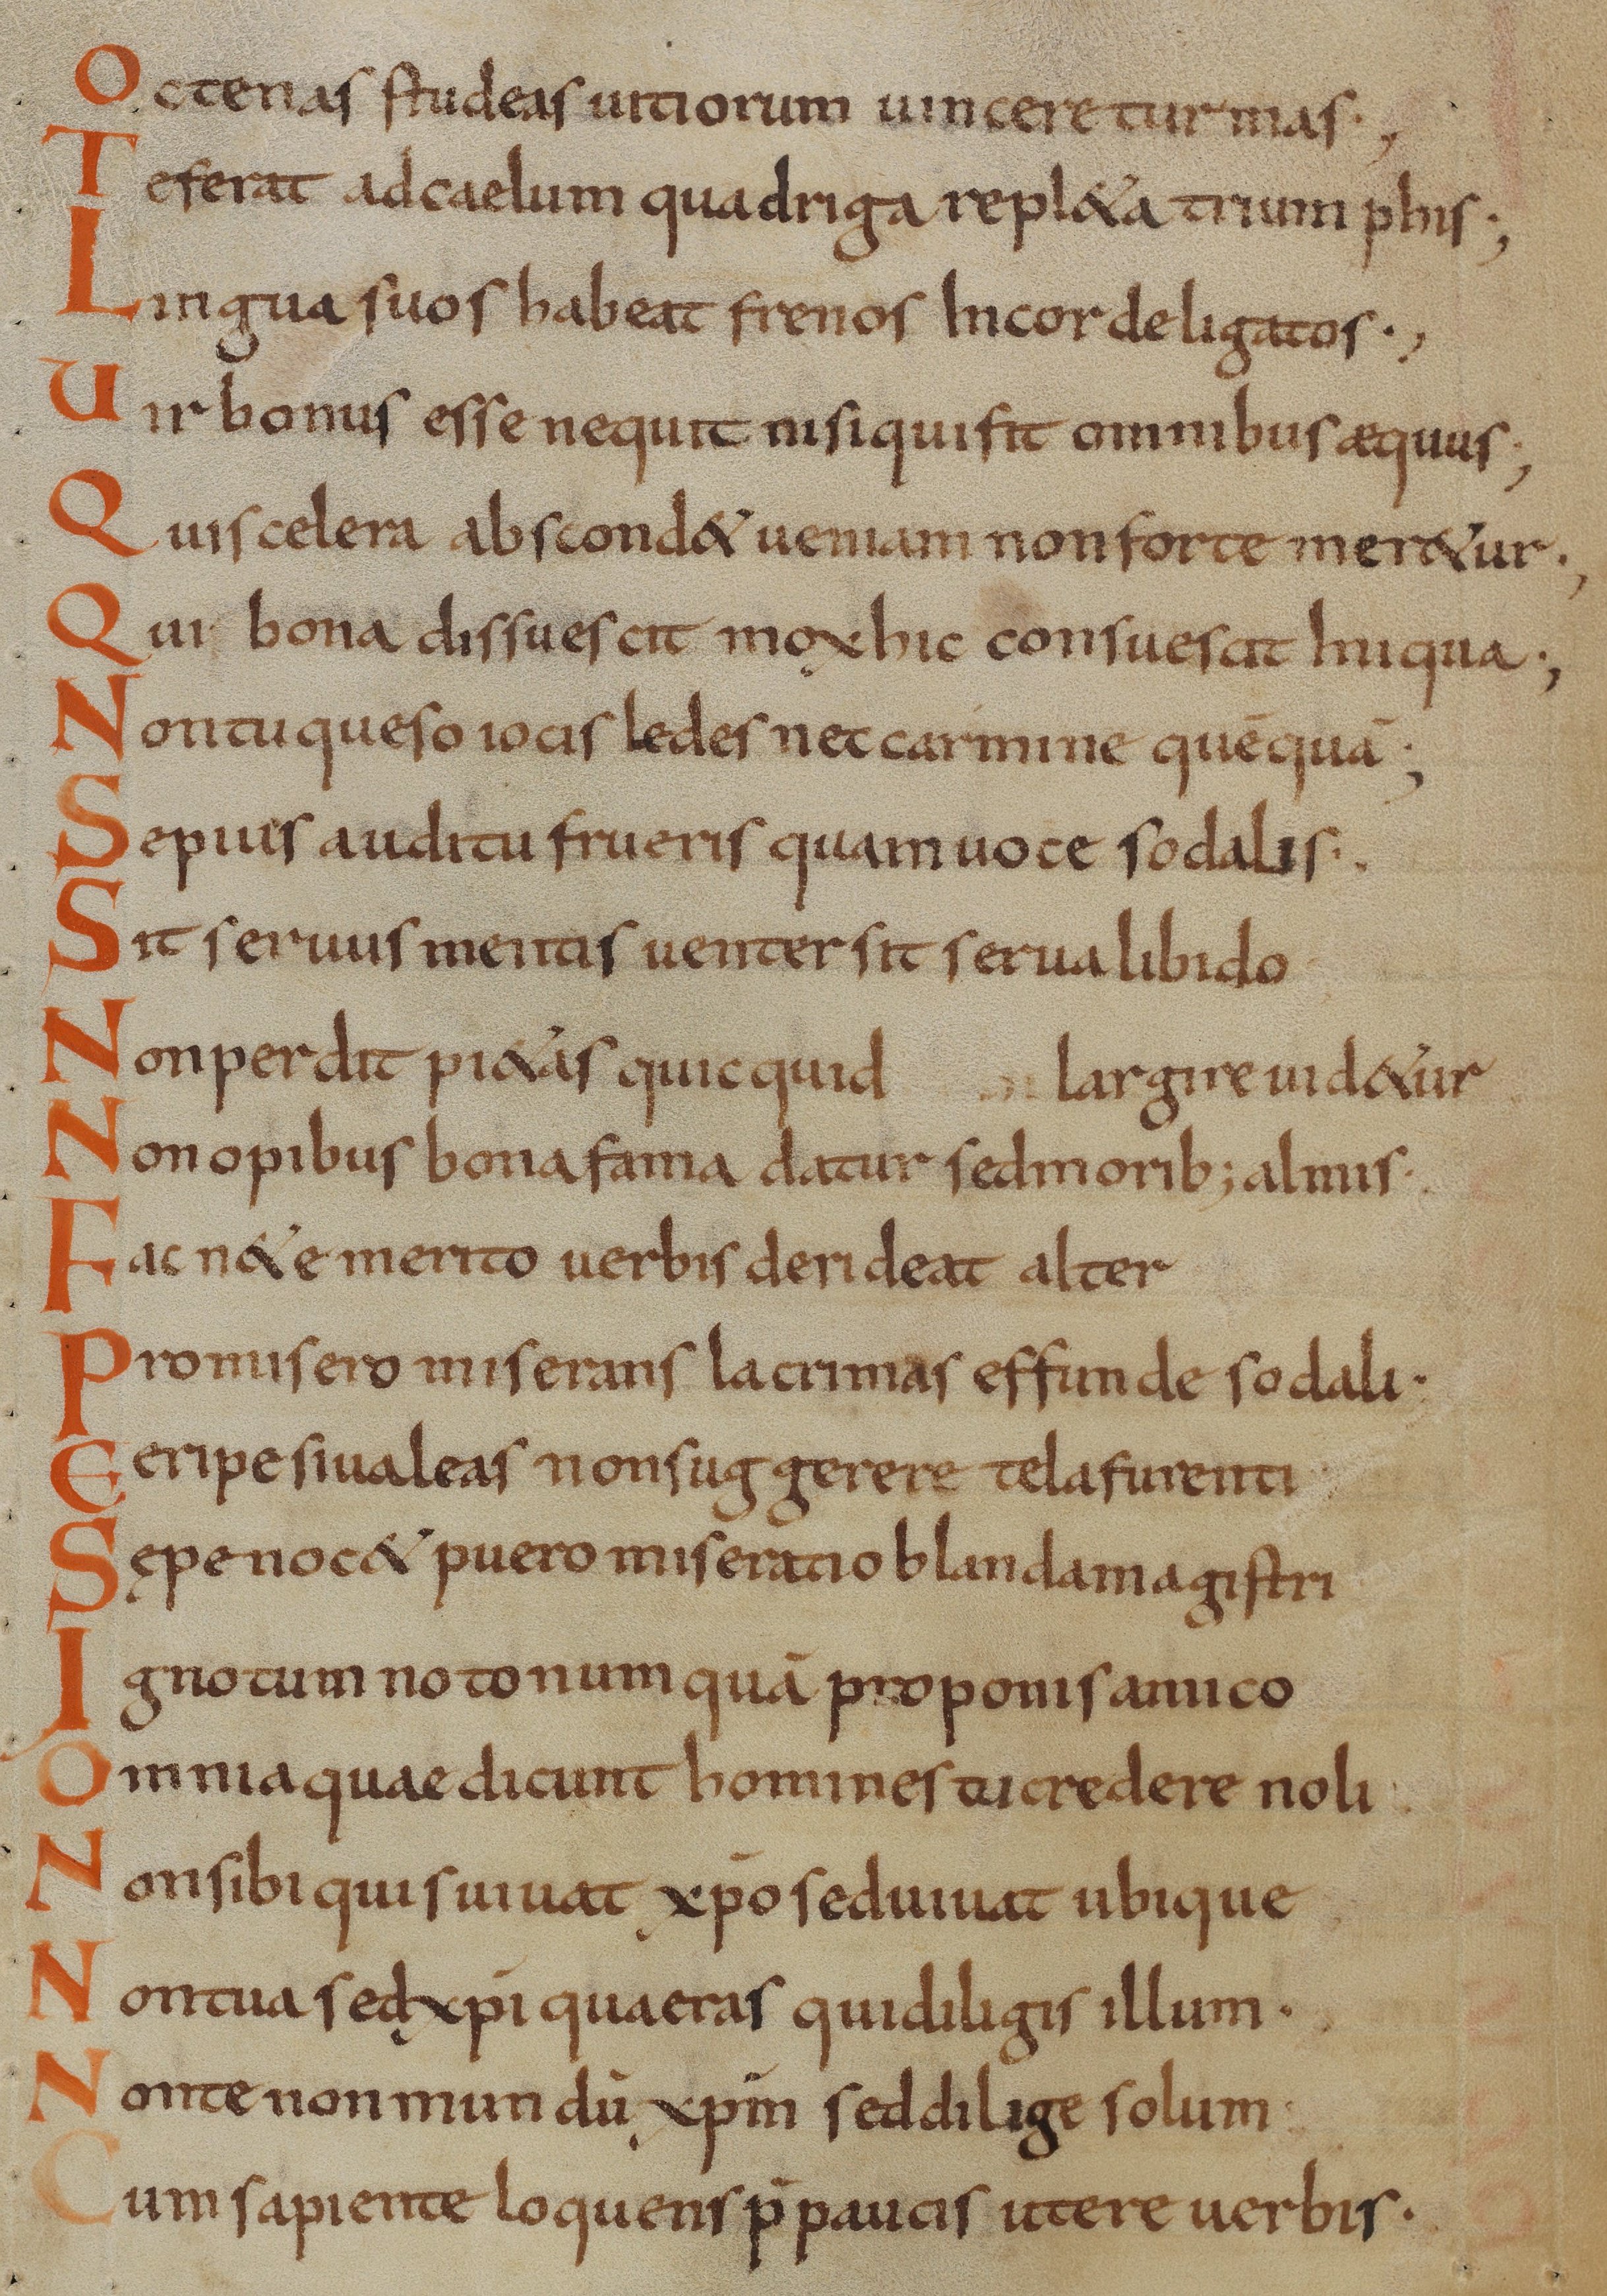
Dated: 800–824